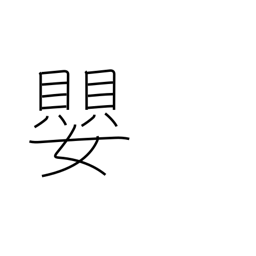
Meaning: sharp (music)